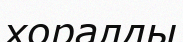
хоралды